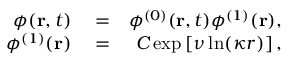
\begin{array} { r l r } { \phi ( \mathbf { r } , t ) } & { { } = } & { \phi ^ { ( 0 ) } ( \mathbf { r } , t ) \phi ^ { ( 1 ) } ( \mathbf { r } ) , } \\ { \phi ^ { ( 1 ) } ( \mathbf { r } ) } & { { } = } & { { \cal C } \exp \left[ \nu \ln ( \kappa r ) \right] , } \end{array}